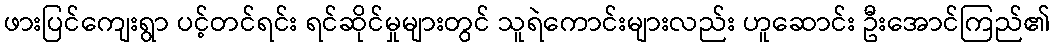
ဖားပြင်ကျေးရွာ ပင့်တင်ရင်း ရင်ဆိုင်မှုများတွင် သူရဲကောင်းများလည်း ဟူဆောင်း ဦးအောင်ကြည်၏